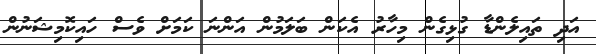
އަދި ތައިލެންޑާ ގުޅިގެން މިހާރު އެކަން ބަލަމުން އަންނަ ކަމަށް ވެސް ހައިކޮމިޝަނުން